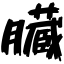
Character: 臓